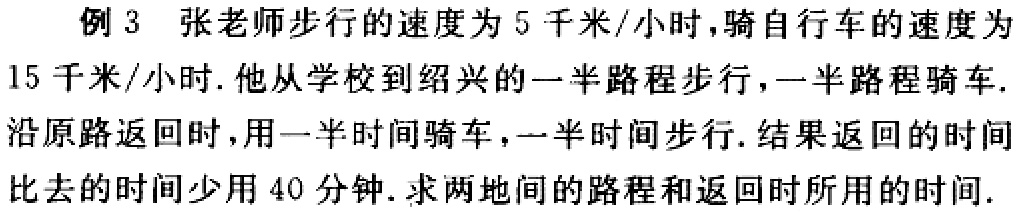
例 3 张老师步行的速度为 5 千米/小时，骑自行车的速度为 15 千米/小时. 他从学校到绍兴的一半路程步行，一半路程骑车. 沿原路返回时，用一半时间骑车，一半时间步行. 结果返回的时间比去的时间少用 40 分钟. 求两地间的路程和返回时所用的时间.